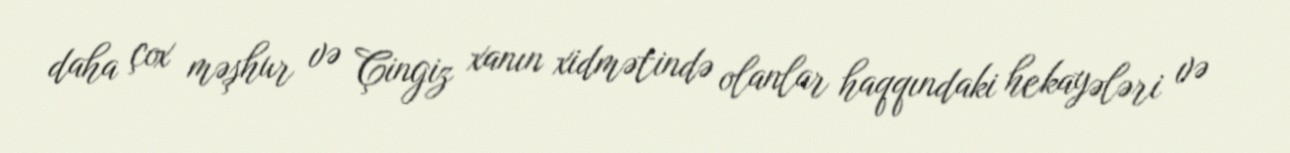
daha çox məşhur və Çingiz xanın xidmətində olanlar haqqındaki hekayələri və